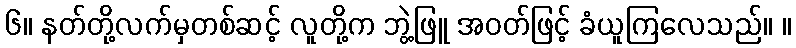
၆။ နတ်တို့လက်မှတစ်ဆင့် လူတို့က ဘွဲ့ဖြူ အဝတ်ဖြင့် ခံယူကြလေသည်။ ။